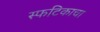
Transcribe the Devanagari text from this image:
स्फटिकाचा